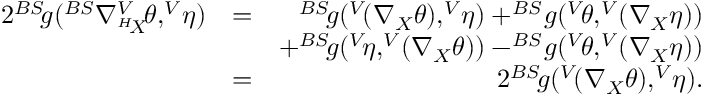
\begin{array} { r l r } { 2 ^ { B S } \! g ( ^ { B S } \nabla _ { ^ { H } \! X } ^ { V } \! \theta , ^ { V } \! \eta ) } & { = } & { ^ { B S } \! g ( ^ { V } \! ( \nabla _ { X } \theta ) , ^ { V } \! \eta ) + ^ { B S } \! g ( ^ { V } \! \theta , ^ { V } \! ( \nabla _ { X } \eta ) ) } \\ & { } & { + ^ { B S } \! g ( ^ { V } \! \eta , ^ { V } \! ( \nabla _ { X } \theta ) ) - ^ { B S } \! g ( ^ { V } \! \theta , ^ { V } \! ( \nabla _ { X } \eta ) ) } \\ & { = } & { 2 ^ { B S } \! g ( ^ { V } \! ( \nabla _ { X } \theta ) , ^ { V } \! \eta ) . } \end{array}